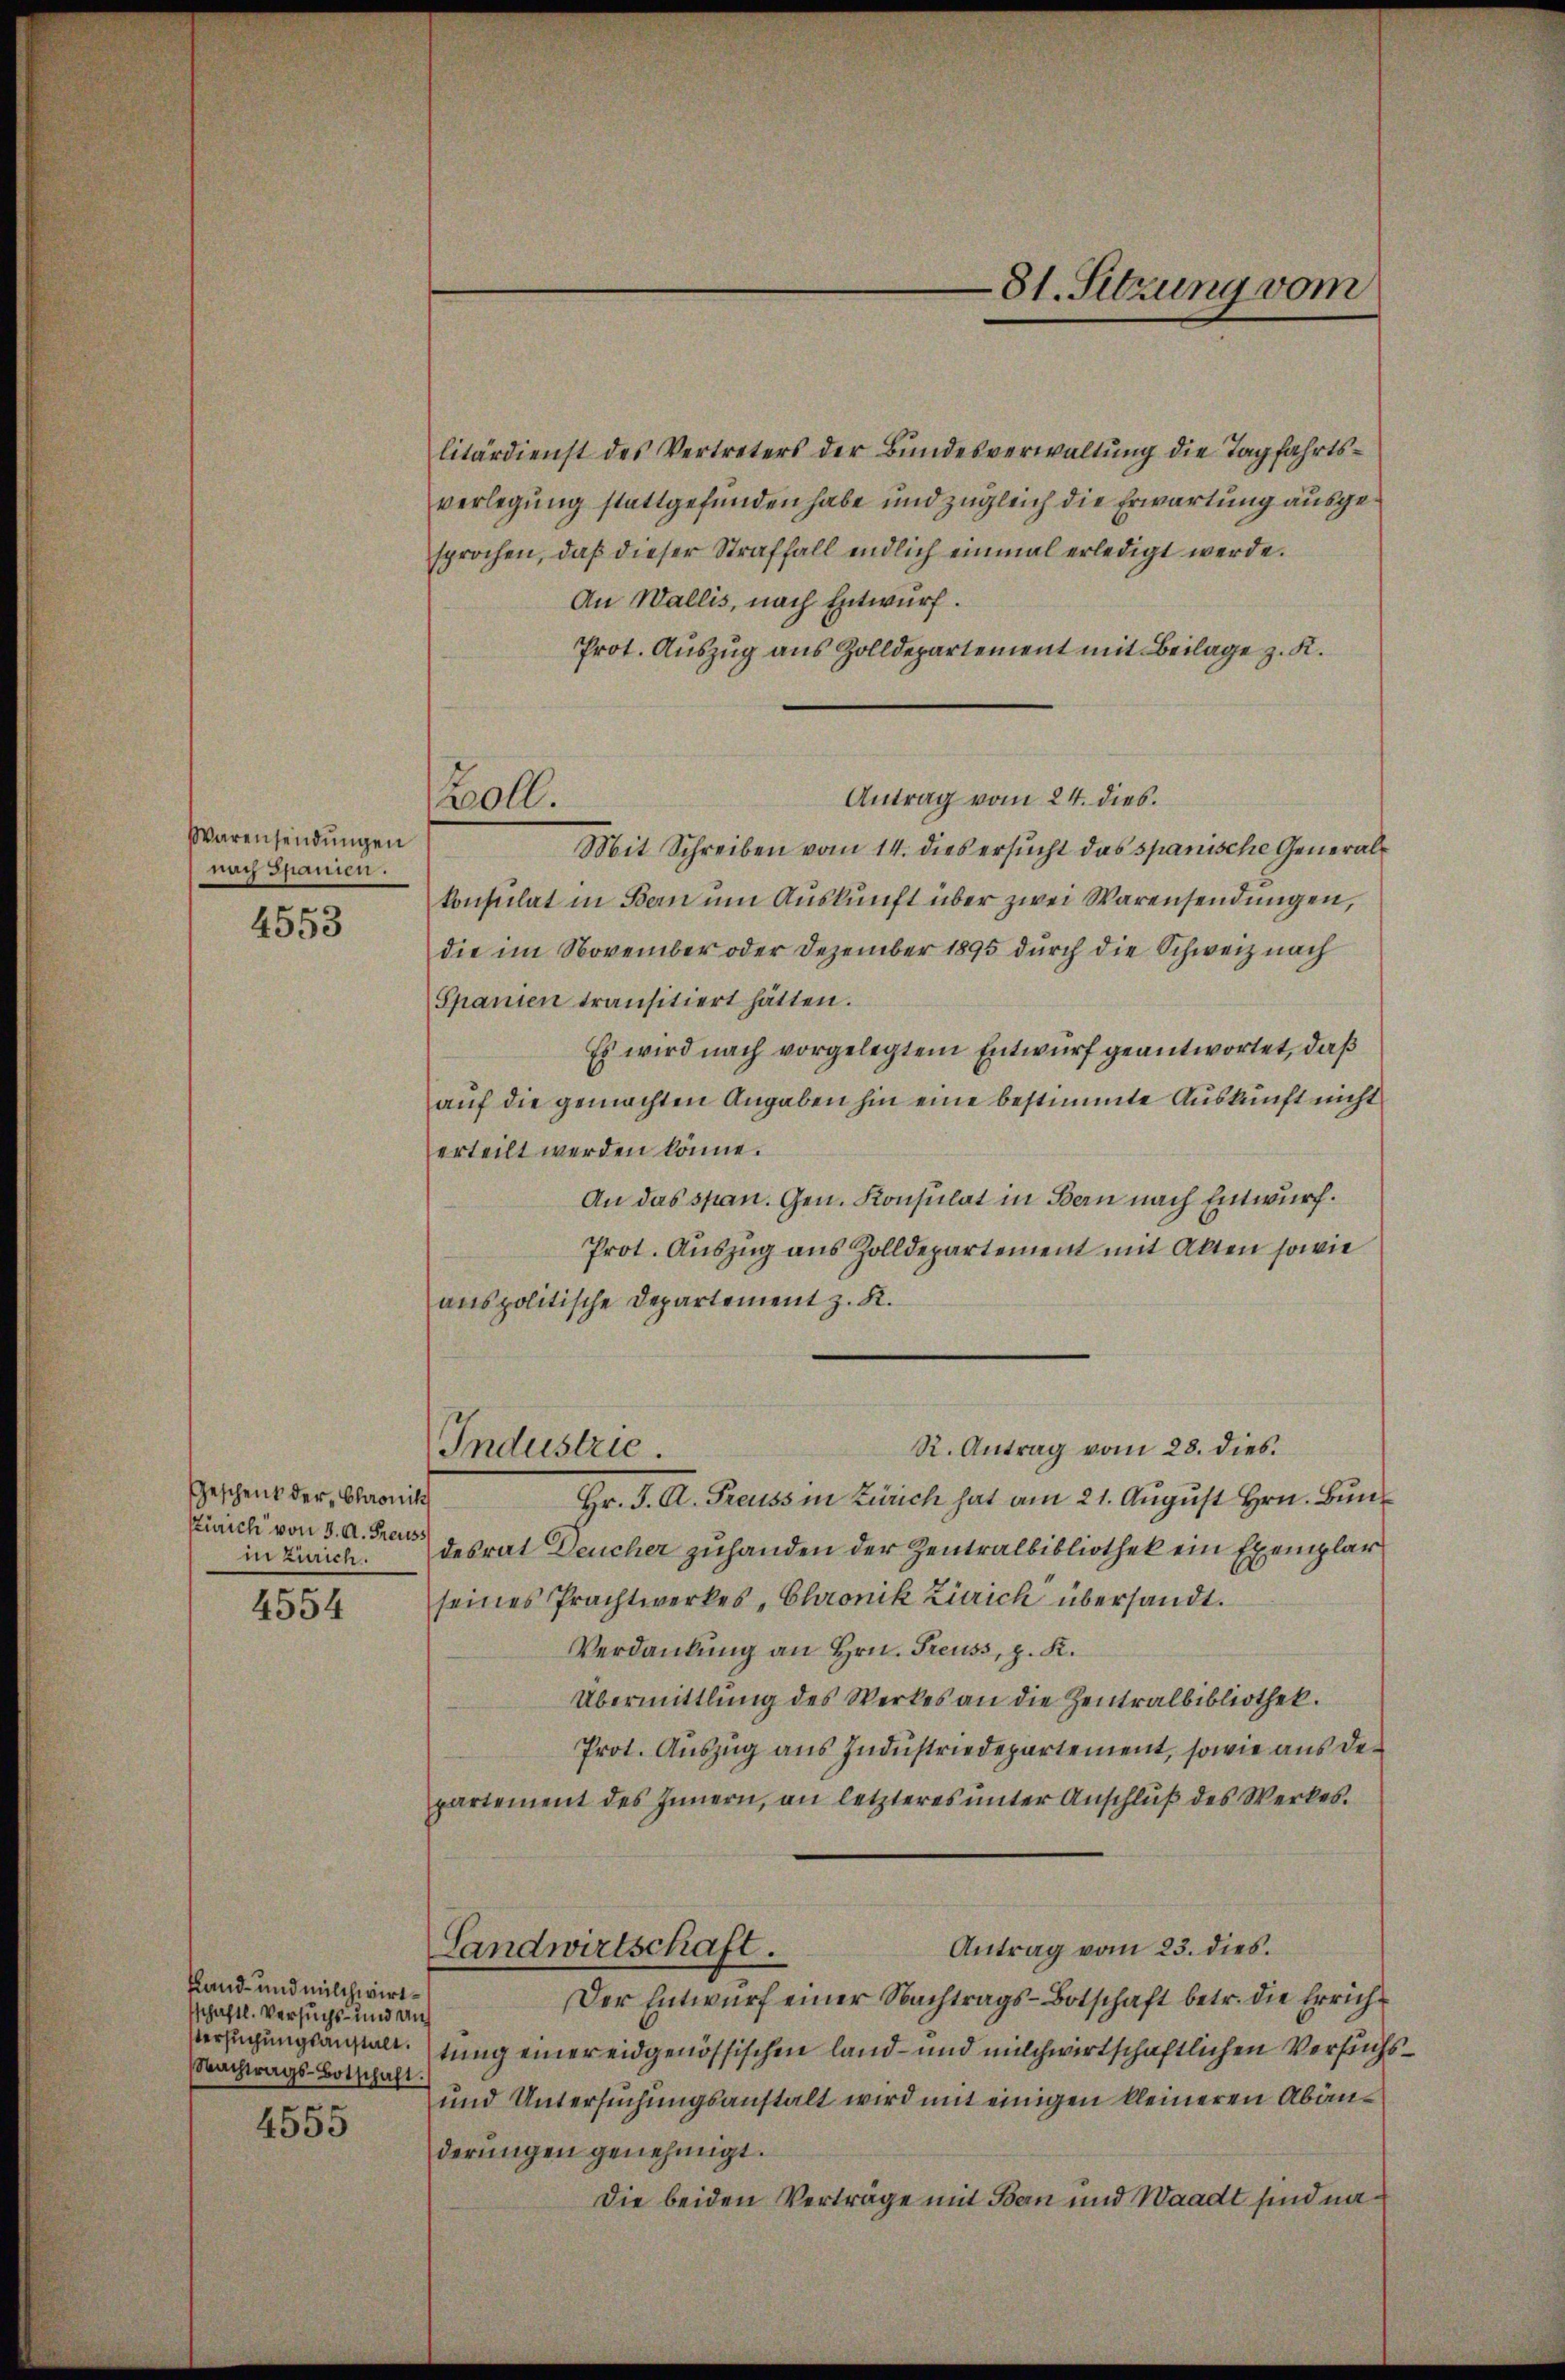
Warensendŭngen
nach Spanien.

4553

Geschenk der Chronik
Zürich von 3. A. Freuss
in Zürich

4554

litärdienst des Vertreters der Bŭndesverwaltŭng die Tagfahrtsverlegung stattgefunden habe und zugleich die Erwartung ausgesprochen, daß dieser Straffall endlich einmal erledigt werde.
An Wallis, nach Entwurf.
Prot. Auszug aus Zolldepartement mit Beilage z. K.
Antrag vom 24. dies
Mit Schreiben vom 14. dies ersucht das spanische Generalkonsulat in Bau um Auskunft über zwei Warensendungen,
die im November oder Dezember 1895 durch die Schweiz nach
Spanien transitiert hätten.
Es wird nach vorgelegtem Entwurf geantwortet, daß
auf die gemachten Angaben hin eine bestimmte Auskunft nicht
erteilt werden könne.
An das span. Gen. Konsulat in Bern nach Entwurf.
Prot. Auszug aus Zolldepartement mit Akten sowie
anspolitische Departement z. K.
R. Antrag vom 28. dies
Industrie.
Hr. J. A. Freuss in Zürich hat am 21. August Hrn. Bundesrat Deucher zuhanden der Zentralbibliothek ein Exemplar
seines Prachtwerkes, Chronik Zürich übersandt.
Verdankung an Hrn. Treuss, z. K.
Übermittlung des Werkes an die Zentralbibliothek.
Prot. Auszug aus Industriedepartement, sowie aus der
partement des Innern, an letzteres ŭnter Anschlŭβ des Werkes.
Antrag vom 23. dies.
Landwirtschaft.
Der Entwurf einer Nachtrags-Botschaft betr. die Errich¬
Verfügungsanstaltung einer eidgenössischen land- und milchwirtschaftlichen Versuchs
und Untersuchungsanstalt wird mit einigen kleineren Abänderungen genehmigt.
Die beiden Verträge mit Bern und Waadt sind na¬

Land- und milchwirtschaftl. Versuchs- und auf
Nachtrags-Botschaft.
n
4500

Boll.

81. Sitzung vom